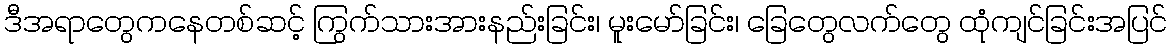
ဒီအရာတွေကနေတစ်ဆင့် ကြွက်သားအားနည်းခြင်း၊ မူးမော်ခြင်း၊ ခြေတွေလက်တွေ ထုံကျင်ခြင်းအပြင်